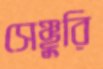
সেঞ্ছুরি